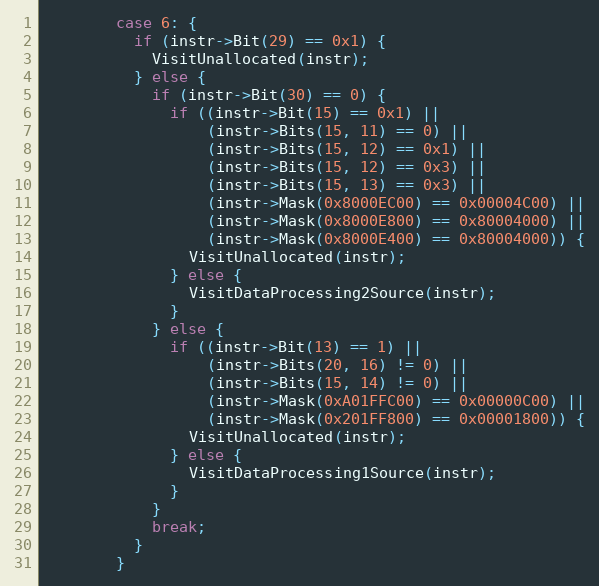
Language: C++
        case 6: {
          if (instr->Bit(29) == 0x1) {
            VisitUnallocated(instr);
          } else {
            if (instr->Bit(30) == 0) {
              if ((instr->Bit(15) == 0x1) ||
                  (instr->Bits(15, 11) == 0) ||
                  (instr->Bits(15, 12) == 0x1) ||
                  (instr->Bits(15, 12) == 0x3) ||
                  (instr->Bits(15, 13) == 0x3) ||
                  (instr->Mask(0x8000EC00) == 0x00004C00) ||
                  (instr->Mask(0x8000E800) == 0x80004000) ||
                  (instr->Mask(0x8000E400) == 0x80004000)) {
                VisitUnallocated(instr);
              } else {
                VisitDataProcessing2Source(instr);
              }
            } else {
              if ((instr->Bit(13) == 1) ||
                  (instr->Bits(20, 16) != 0) ||
                  (instr->Bits(15, 14) != 0) ||
                  (instr->Mask(0xA01FFC00) == 0x00000C00) ||
                  (instr->Mask(0x201FF800) == 0x00001800)) {
                VisitUnallocated(instr);
              } else {
                VisitDataProcessing1Source(instr);
              }
            }
            break;
          }
        }